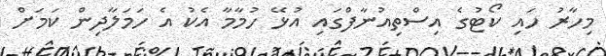
މިހާރު ހައި ކޯޓުގެ އިސްތިއުނާފްގައި އުޅޭ ހުމާމާ އެކު އެ ހަމަލާދިން ކަމަށް